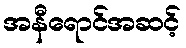
အနီရောင်အဆင့်